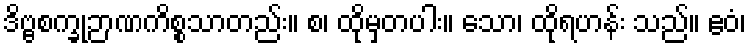
ဒိဗ္ဗစက္ခုဉာဏကိစ္စသာတည်း။ စ၊ ထိုမှတပါး။ သော၊ ထိုရဟန်း သည်။ ဧဝံ၊